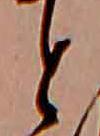
と